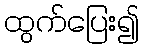
ထွက်ပြေး၍